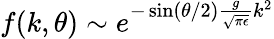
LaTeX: f(k,\theta)\sim e^{-\sin(\theta/2)\frac{g}{\sqrt{\pi\epsilon}}k^{2}}